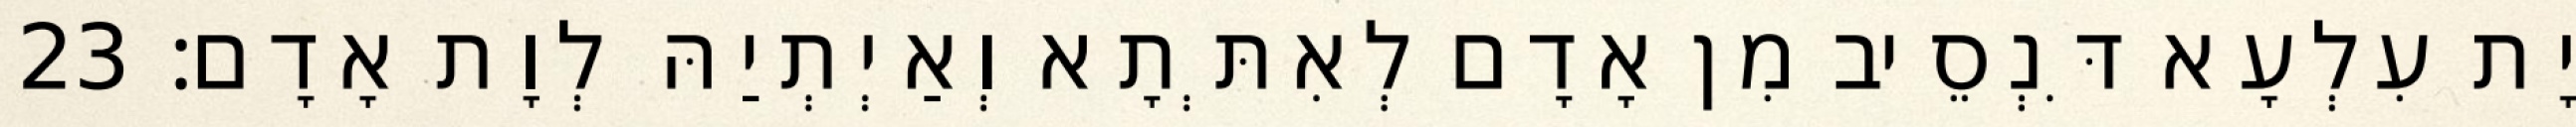
יָת עִלְעָא דִּנְסֵיב מִן אָדָם לְאִתְּתָא וְאַיְתְיַהּ לְוָת אָדָם׃ 23